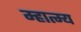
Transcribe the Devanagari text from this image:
म्हात्म्य